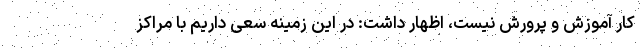
کار آموزش و پرورش نیست، اظهار داشت: در این زمینه سعی داریم با مراکز